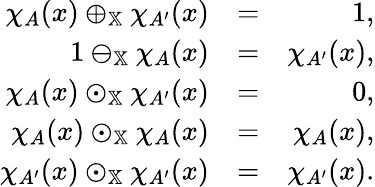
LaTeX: \begin{array}{rlr}{\chi_{A}(x)\oplus_{\mathbb{X}}\chi_{A^{\prime}}(x)}&{=}&{1,}\\ {1\ominus_{\mathbb{X}}\chi_{A}(x)}&{=}&{\chi_{A^{\prime}}(x),}\\ {\chi_{A}(x)\odot_{\mathbb{X}}\chi_{A^{\prime}}(x)}&{=}&{0,}\\ {\chi_{A}(x)\odot_{\mathbb{X}}\chi_{A}(x)}&{=}&{\chi_{A}(x),}\\ {\chi_{A^{\prime}}(x)\odot_{\mathbb{X}}\chi_{A^{\prime}}(x)}&{=}&{\chi_{A^{\prime}}(x).}\end{array}